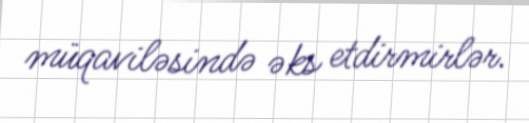
müqaviləsində əks etdirmirlər.